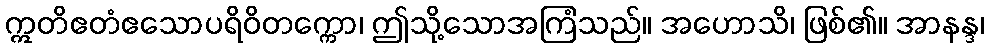
ဣတိဧတံဧသောပရိဝိတက္ကော၊ ဤသို့သောအကြံသည်။ အဟောသိ၊ ဖြစ်၏။ အာနန္ဒ၊